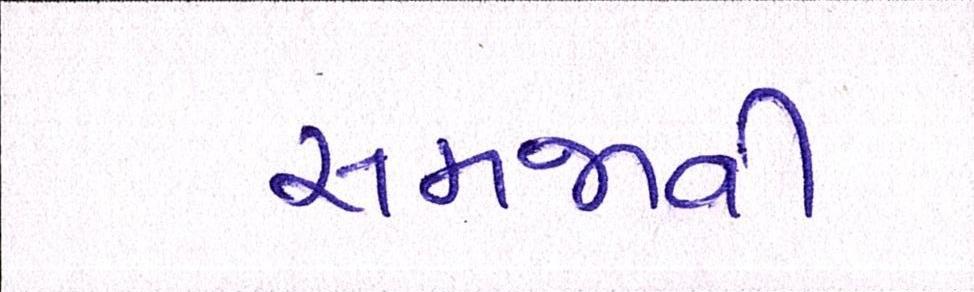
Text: સમજાવી